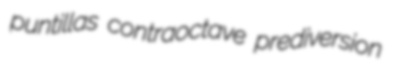
puntillas contraoctave prediversion